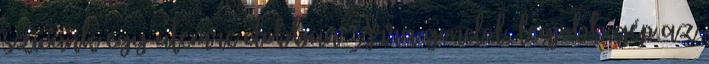
szívünk egy ütemre dobban Arra gondol, legjobb gép az